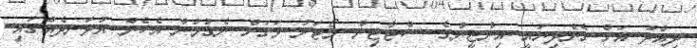
ދިއްދު އަށް ގެންދިޔައީ އިންޖީނުގެ ސްޓާޓިން މޯޓަރު ވަގަށް ނެގުމުން އެހެން އުޅަނދެއްގައި